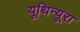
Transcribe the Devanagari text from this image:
यूथिन्यूरा